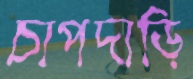
চাপদাড়ি